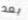
بعد